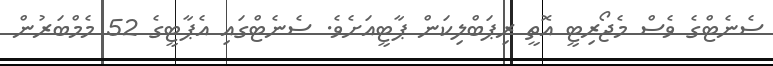
ސެނެޓްގެ ވެސް މެޖޯރިޓީ އޮތީ ރިޕަބްލިކަން ޕާޓީއަށެވެ. ސެނެޓްގައި އެޕާޓީގެ 52 މެެމްބަރުން